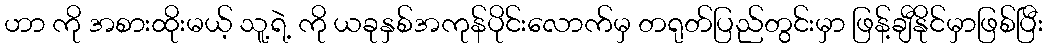
ဟာ ကို အစားထိုးမယ့် သူ့ရဲ့ ကို ယခုနှစ်အကုန်ပိုင်းလောက်မှ တရုတ်ပြည်တွင်းမှာ ဖြန့်ချီနိုင်မှာဖြစ်ပြီး